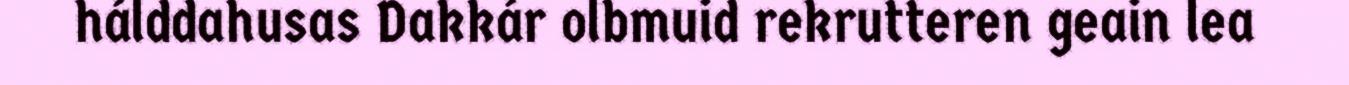
hálddahusas Dakkár olbmuid rekrutteren geain lea